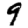
Digit: 9